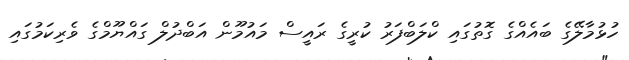
ހުޅުމާލޭގެ ބައެއްގެ ގޮތުގައި ކްލަބްފަރު ކުރީގެ ރައީސް މައުމޫން އަބްދުލް ގައްޔޫމްގެ ވެރިކަމުގައި